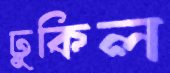
ঢুকিল